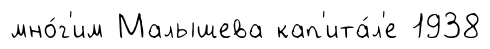
мно́г'им Малышева кап'ита́л'е 1938